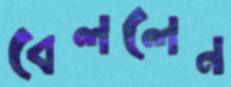
বেললেন